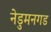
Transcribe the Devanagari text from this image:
नेडुमनगड